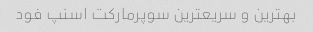
بهترین و سریعترین سوپرمارکت اسنپ فود